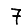
Digit: 7